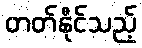
တတ်နိုင်သည့်